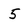
Character: 5